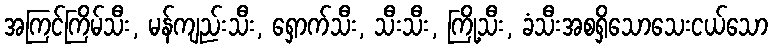
အကြင်ကြိမ်သီး, မန်ကျည်းသီး, ရှောက်သီး, သီးသီး, ကြို့သီး, ခံသီးအစရှိသောသေးငယ်သော